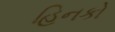
હિનકો